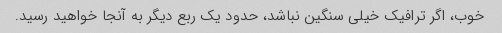
خوب، اگر ترافیک خیلی سنگین نباشد، حدود یک ربع دیگر به آنجا خواهید رسید.